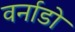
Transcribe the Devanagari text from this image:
वर्नाडो